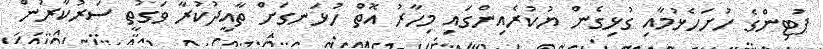
ޕުޓިންގެ ހުށަހެޅުމާއި ގުޅިގެން ޔުކުރެއިންގައި މިހާރު އޮތް ހުޅަނގަށް ތާއީދުކުރާ ވަގުތީ ސަރުކާރުން